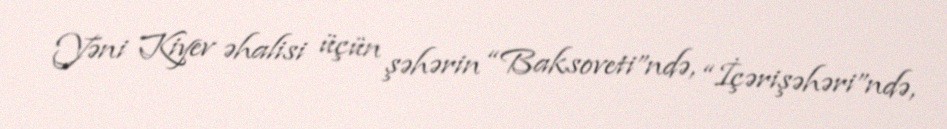
Yəni Kiyev əhalisi üçün şəhərin “Baksoveti”ndə, “İçərişəhəri”ndə,